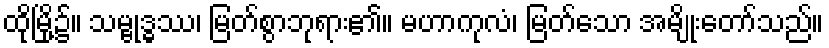
ထိုမြို့၌။ သမ္ဗုဒ္ဓဿ၊ မြတ်စွာဘုရား၏။ မဟာကုလံ၊ မြတ်သော အမျိုးတော်သည်။